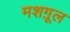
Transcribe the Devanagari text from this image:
मशग़ूल